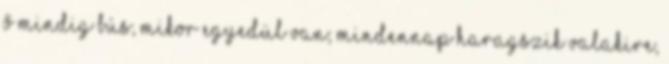
ő mindig bús, mikor egyedül van; mindennap haragszik valakire,